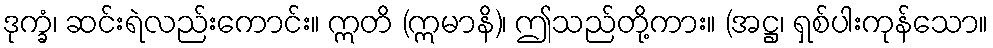
ဒုက္ခံ၊ ဆင်းရဲလည်းကောင်း။ ဣတိ (ဣမာနိ)၊ ဤသည်တို့ကား။ (အဋ္ဌ၊ ရှစ်ပါးကုန်သော။